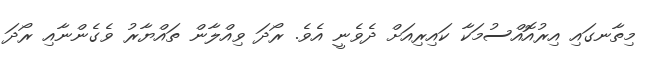
މިތާނގައި އިރުއޮއްސުމަކާ ކައިރިއަށް ދެވެނީ އެވެ. ރޯދަ ވިއްލާން ތައްޔާރު ވެގެންނާއި ރޯދަ